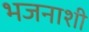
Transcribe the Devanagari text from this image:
भजनाशी